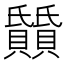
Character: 𬥰